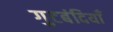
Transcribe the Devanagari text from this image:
गुटबंदियाँ